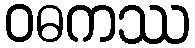
ဝဓကဿ